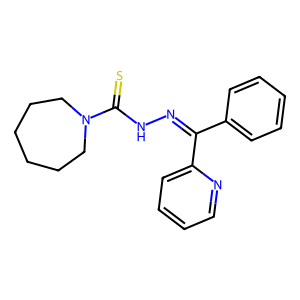
SMILES: S=C(NN=C(c1ccccc1)c1ccccn1)N1CCCCCC1
Inhibits HIV replication: No